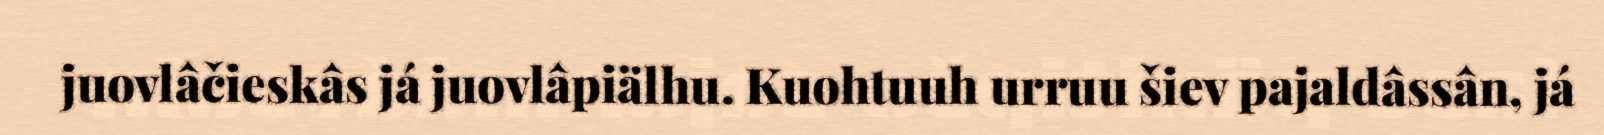
juovlâčieskâs já juovlâpiälhu. Kuohtuuh urruu šiev pajaldâssân, já